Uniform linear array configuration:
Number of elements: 32
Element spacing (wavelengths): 1
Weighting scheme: exponential
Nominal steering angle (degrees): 30
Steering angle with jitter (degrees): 30.198
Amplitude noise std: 0.05
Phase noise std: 0.05

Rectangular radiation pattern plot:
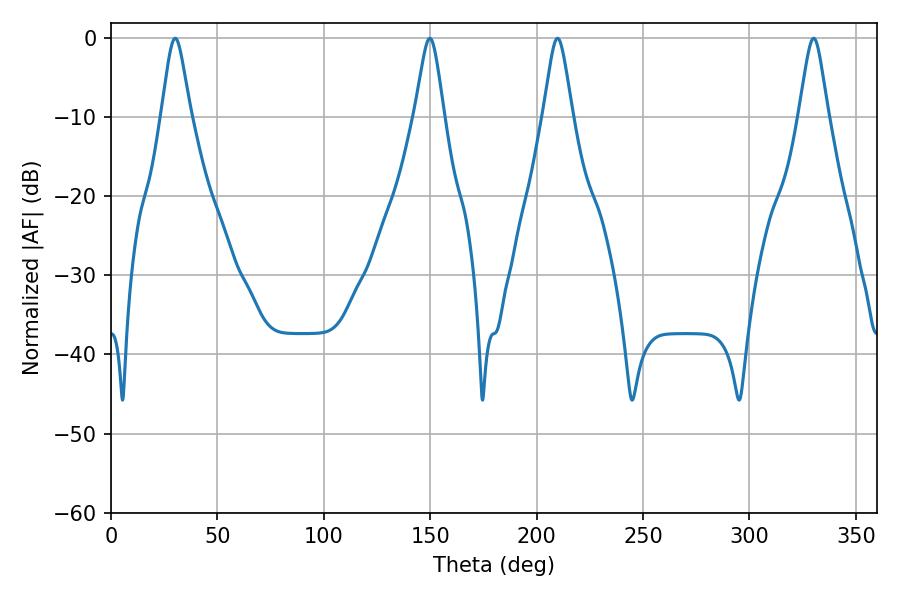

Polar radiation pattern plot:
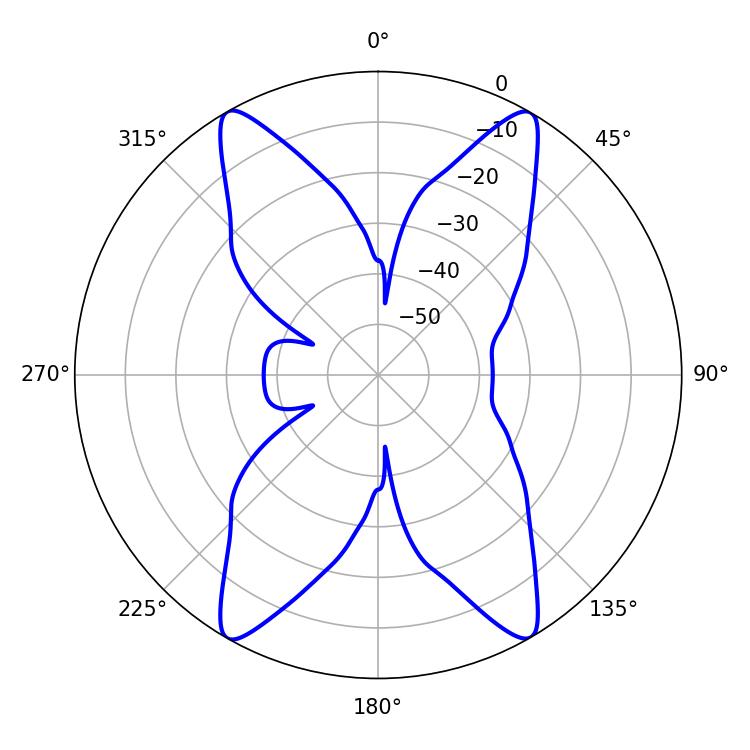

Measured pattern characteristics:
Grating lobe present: TRUE
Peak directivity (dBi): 27.064
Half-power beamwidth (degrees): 6.48
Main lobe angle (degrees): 209.88